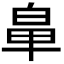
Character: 𮮳